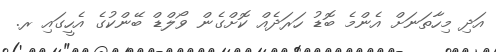
އަދި މިހާތަނަށް އެންމެ ބޮޑު ހަރަދެއް ކޮށްގެން ވޯލްޑް ބޭންކުގެ އެހީގައި ރ.